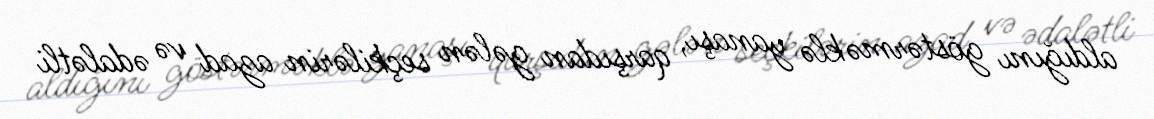
aldığını göstərməklə yanaşı, qarşıdan gələn seçkilərin azad və ədalətli